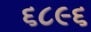
૬૮૯૬